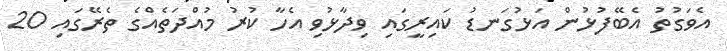
އެވަގުތު އެބޭފުޅުން އަޅުގަނޑު ކައިރީގައި ވިދާޅުވި އެހާ ކުރު މުއްދަތެއްގެ ތެރޭގައި 20